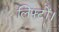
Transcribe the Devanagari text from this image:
लिफ्टों।